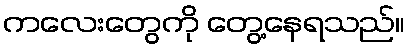
ကလေးတွေကို တွေ့နေရသည်။